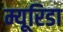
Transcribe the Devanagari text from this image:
म्यूरिडा